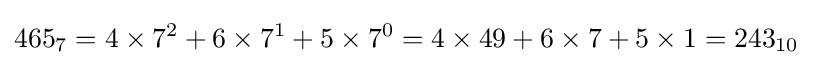
465_{7}=4\times 7^{2}+6\times 7^{1}+5\times 7^{0}=4\times 49+6\times 7+5\times 1=243_{10}